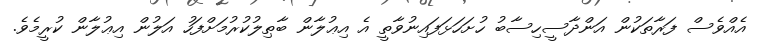
އެއްވެސް ފަރާތަކުން އަންދާސީހިސާބު ހުށަހަޅަފައިނުވާތީ އެ އިޢުލާން ބާޠިލުކުރުމަށްފަހު އަލުން އިޢުލާން ކުރީމެވެ.